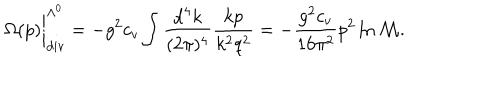
\Omega ( p ) \bigg | _ { \mathrm { d i v } } ^ { \Lambda ^ { 0 } } = - g ^ { 2 } c _ { v } \int \frac { \mathrm { d } ^ { 4 } k } { ( 2 \pi ) ^ { 4 } } \frac { k p } { k ^ { 2 } q ^ { 2 } } = - \frac { g ^ { 2 } c _ { v } } { 1 6 \pi ^ { 2 } } p ^ { 2 } \ln \mathcal { M } .